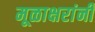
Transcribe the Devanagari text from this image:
मूळाक्षरांनी